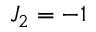
{ { J } _ { 2 } } = - 1